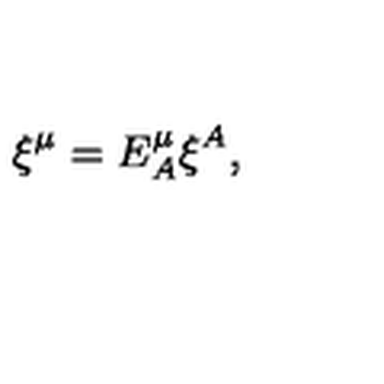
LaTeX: \xi ^ { \mu } = E _ { A } ^ { \mu } \xi ^ { A } ,